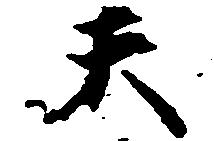
天